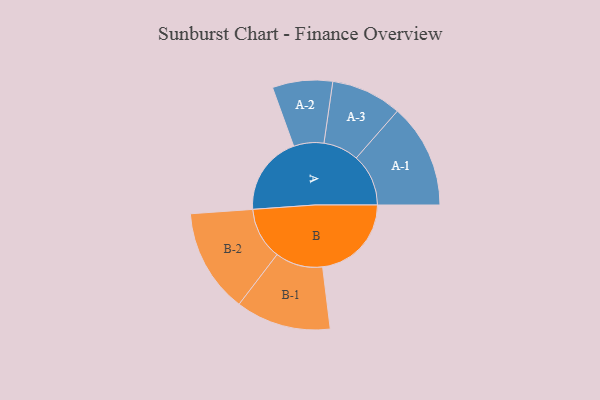
{"axis": {"x": "Segment", "y": "Value"}, "legend": ["", "A", "B"], "data": [{"x": "A", "y": 377, "type": ""}, {"x": "B", "y": 422, "type": ""}, {"x": "A-1", "y": 248, "type": "A"}, {"x": "A-2", "y": 143, "type": "A"}, {"x": "A-3", "y": 168, "type": "A"}, {"x": "B-1", "y": 226, "type": "B"}, {"x": "B-2", "y": 247, "type": "B"}]}